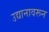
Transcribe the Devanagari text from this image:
उद्यानावरून